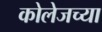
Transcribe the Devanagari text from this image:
कोलेजच्या